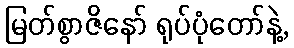
မြတ်စွာဇိနော် ရုပ်ပုံတော်နဲ့,